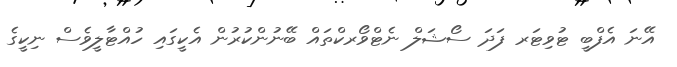
އޭނަ އެފްބީ ޓުވިޓަރ ފަދަ ސޯޝަލް ނެޓްވޯރކްތައް ބޭނުންކުރުން އެކީގައި ހުއްޓާލީވެސް ނިކީގެ